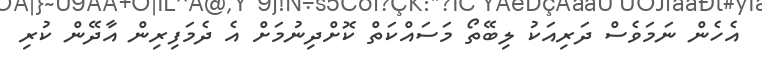
އެހެން ނަމަވެސް ދަރިއަކު ލިބޭތޯ މަސައްކަތް ކޮށްދިނުމަށް އެ ދެމަފިރިން އާދޭން ކުރި